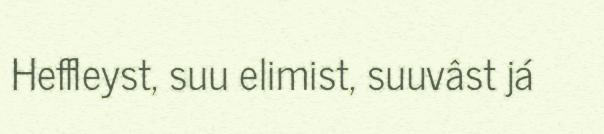
Heffleyst, suu elimist, suuvâst já